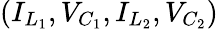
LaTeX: ({I}_{L_{1}},{V}_{C_{1}},{I}_{L_{2}},{V}_{C_{2}})